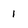
Character: 1